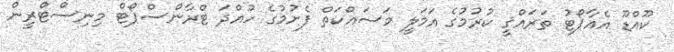
ކޫއްޑޫ އެއާޕޯޓު ތަރައްޤީ ކުރުމުގެ އަމަލީ މަސައްކަތް ފެށުމުގެ ހުއްދަ ޓްރާންސްޕޯޓް މިނިސްޓްރީން